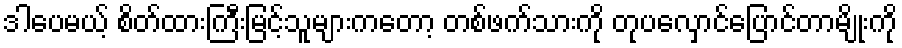
ဒါပေမယ့် စိတ်ထားကြီးမြင့်သူများကတော့ တစ်ဖက်သားကို တုပလှောင်ပြောင်တာမျိုးကို